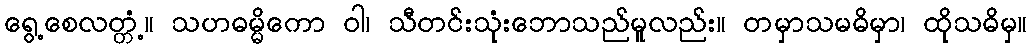
ရွေ့စေလတ္တံ့။ သဟဓမ္မိကော ဝါ၊ သီတင်းသုံးဘောသည်မူလည်း။ တမှာသမဓိမှာ၊ ထိုသဓိမှ။